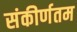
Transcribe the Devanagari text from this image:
संकीर्णतम